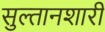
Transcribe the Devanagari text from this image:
सुल्तानशारी